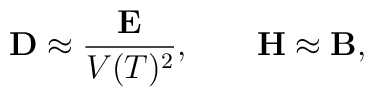
{\bf D}\approx \frac{\bf E}{V(T)^{2}},\qquad {\bf H}\approx {\bf B},